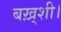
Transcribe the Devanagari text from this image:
बख़्शी।